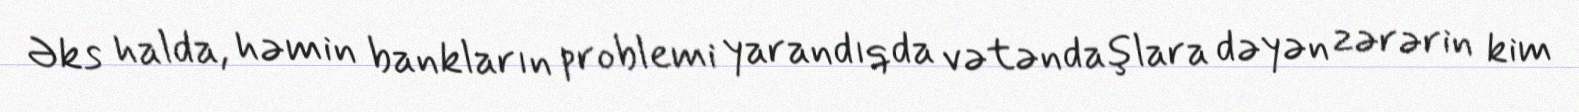
Əks halda, həmin bankların problemi yarandıqda vətəndaşlara dəyən zərərin kim